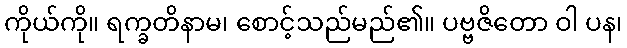
ကိုယ်ကို။ ရက္ခတိနာမ၊ စောင့်သည်မည်၏။ ပဗ္ဗဇိတော ဝါ ပန၊